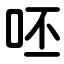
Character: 呸